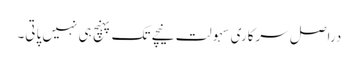
دراصل سرکاری سہولت نیچے تک پہنچ ہی نہیں پاتی۔